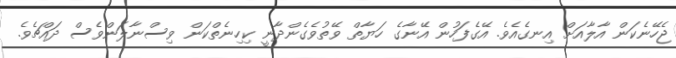
ޖެހޭނެކަން އާލާއަށް އިނގެއެވެ. އޭގެފަހުން އޭނާގެ ހަޔާތް ވޭތުވެގެންދާނީ ކިހިނެތްކަން ވިސްނާލަންވެސް ދައްޗެވެ.